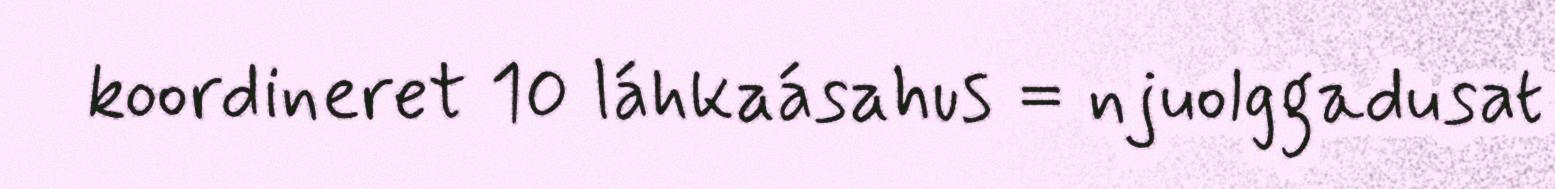
koordineret 10 láhkaásahus = njuolggadusat